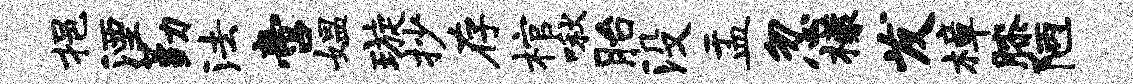
挹湮勤法啻媪璇抄存棺啾胎没盂忽檬发樟膝陋